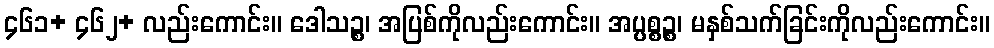
၄၆၁+ ၄၆၂+ လည်းကောင်း။ ဒေါသဉ္စ၊ အပြစ်ကိုလည်းကောင်း။ အပ္ပစ္စဉ္စ၊ မနှစ်သက်ခြင်းကိုလည်းကောင်း။